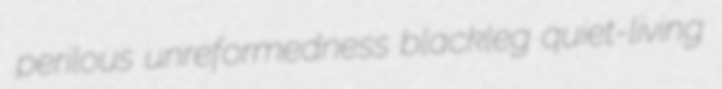
perilous unreformedness blackleg quiet-living